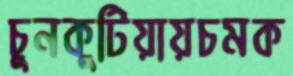
চুনকুটিয়ায়চমক